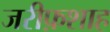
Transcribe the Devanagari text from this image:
जरीफ़शाह